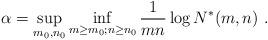
LaTeX: \begin{align*}\alpha = \sup_{m_0,n_0} \inf_{m \geq m_0; n \geq n_0} \frac{1}{mn} \log N^*(m,n) \ .\end{align*}